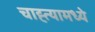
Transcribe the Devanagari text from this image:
चाह्त्यामध्ये